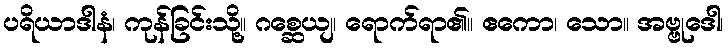
ပရိယာဒါနံ၊ ကုန်ခြင်းသို့။ ဂစ္ဆေယျ၊ ရောက်ရာ၏။ ဧကော၊ သော။ အဗ္ဗုဒေါ၊